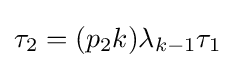
\tau _{2}=(p_{2}k)\lambda _{k-1}\tau _{1}